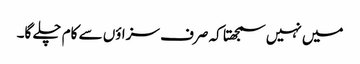
میں نہیں سمجھتا کہ صرف سزاؤں سے کام چلے گا۔